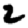
Digit: 2